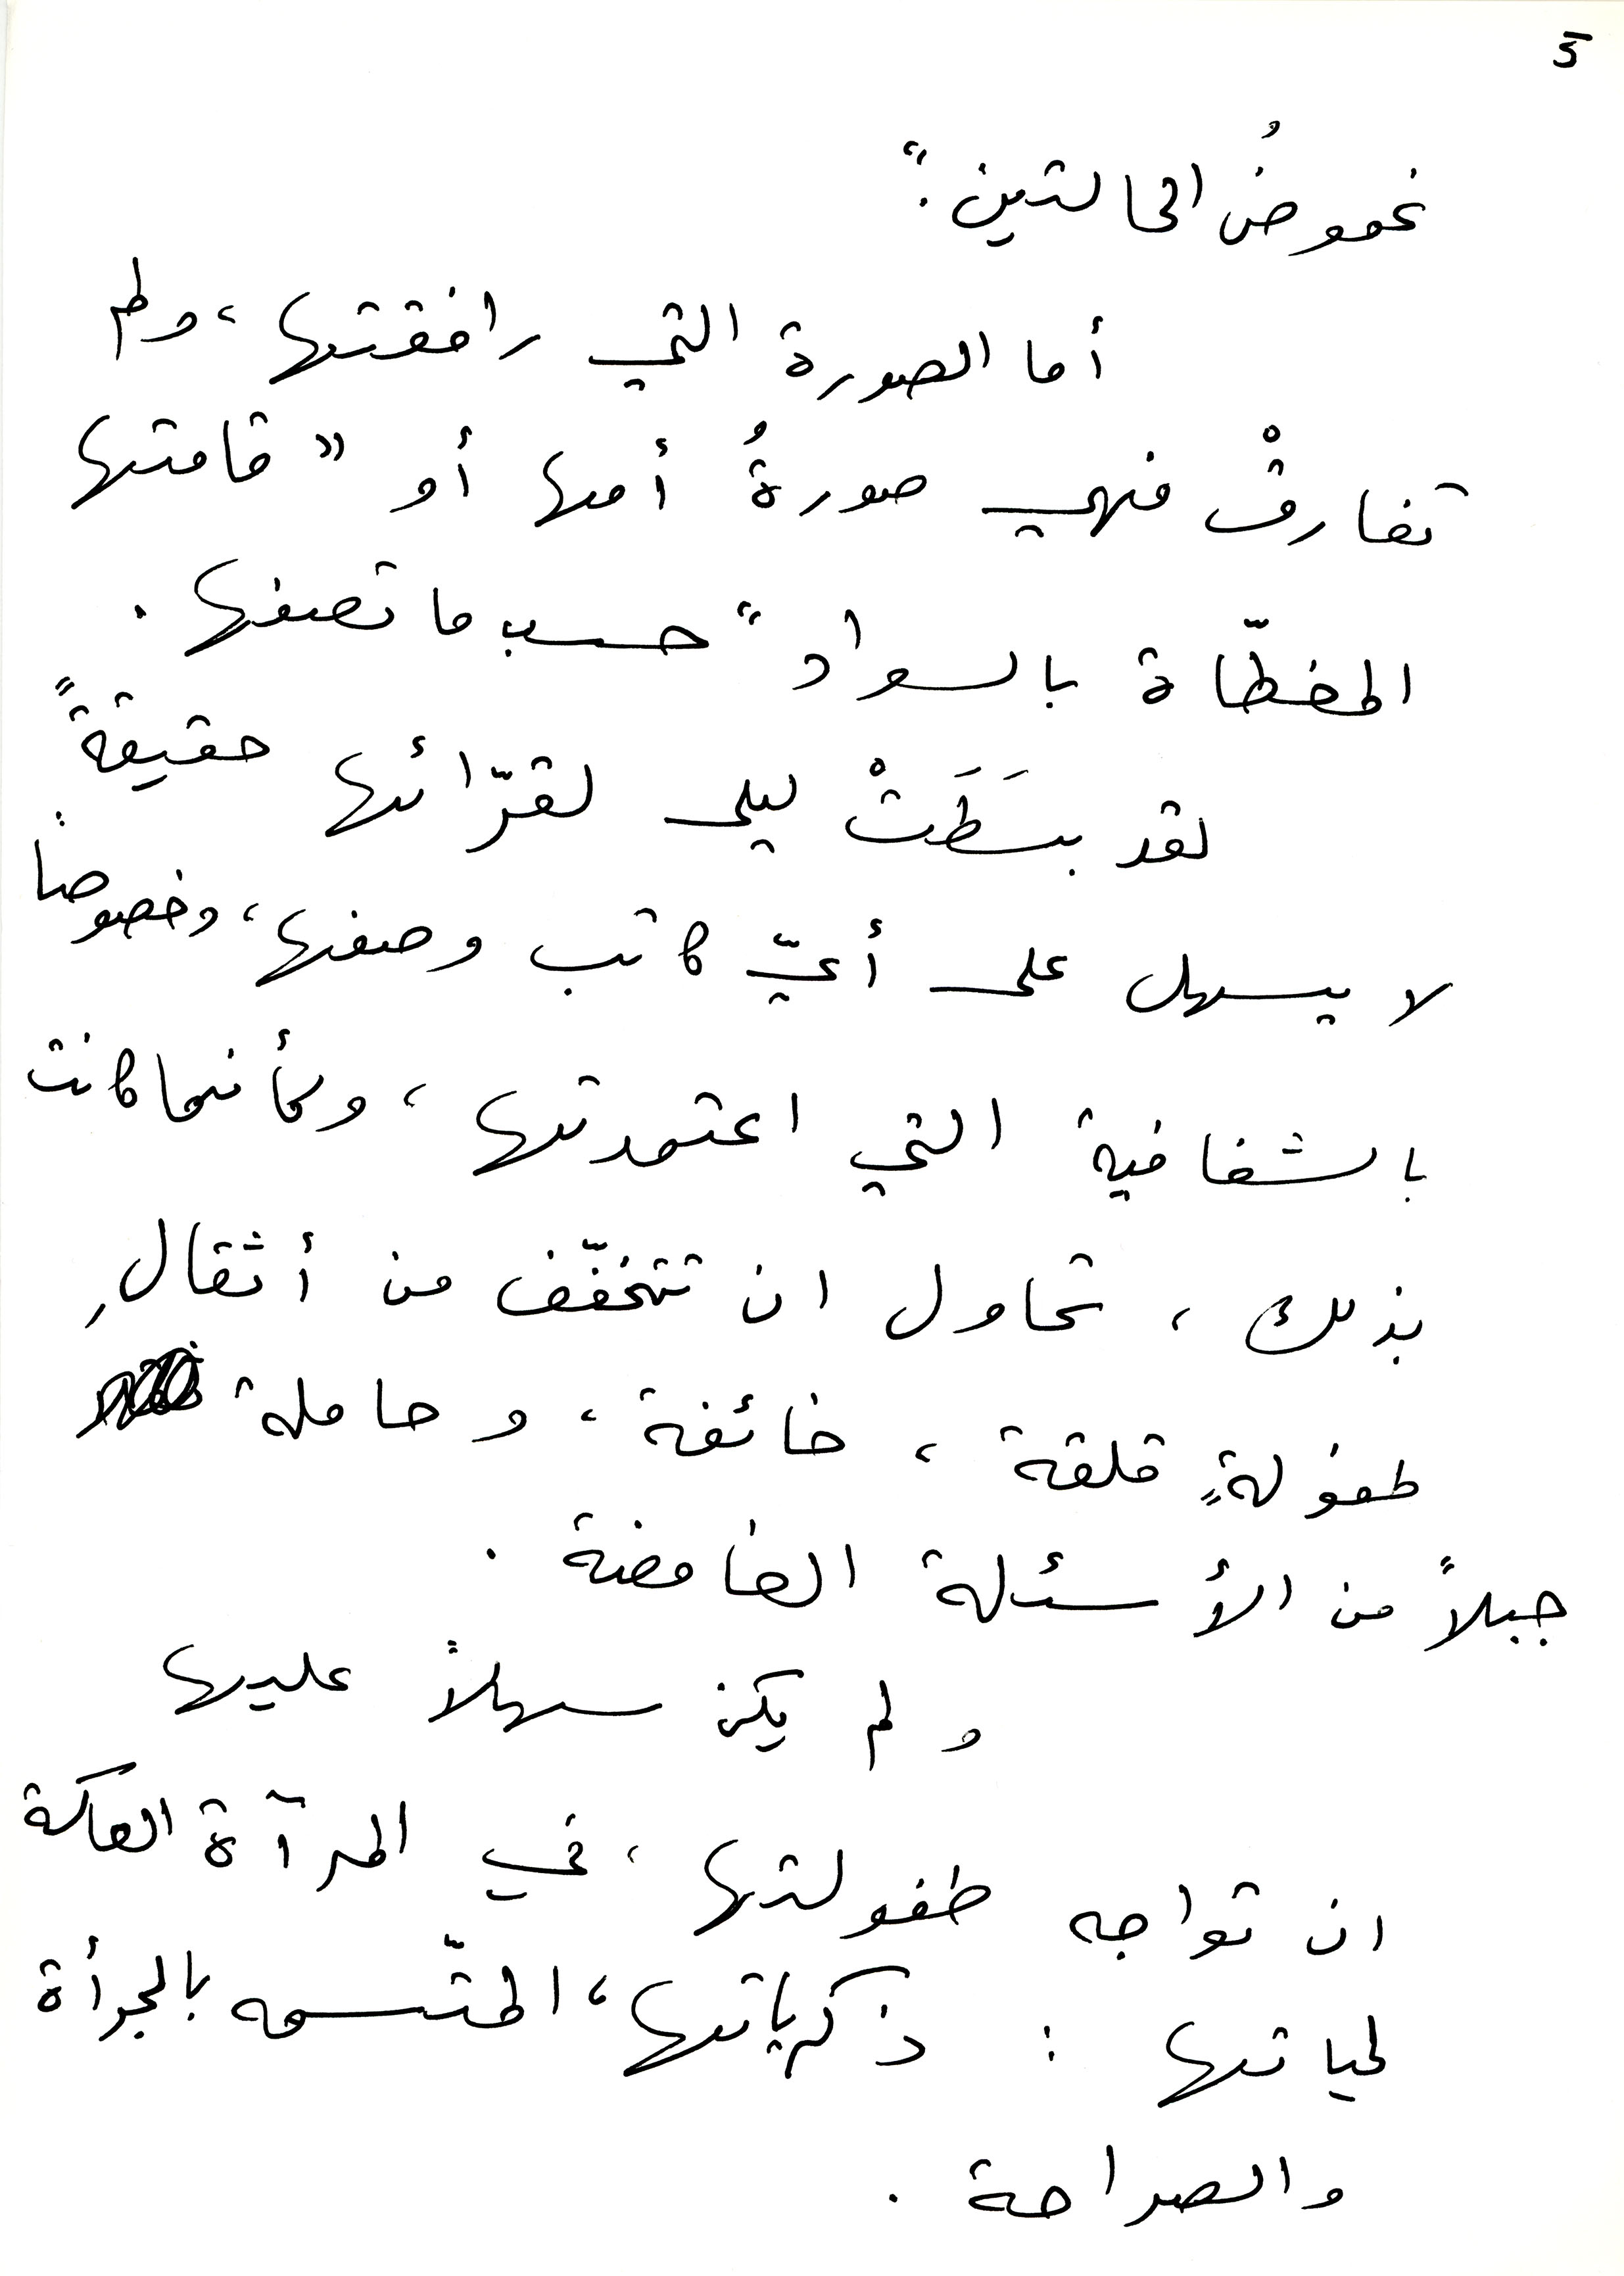
5
غموضُ الحالتين".
أما الصورة التي رافقتها، ولم
تفارقْ فهي صورةُ أمها أو "قامتها
المغطّاة بالسواد "حسب ما تصفها.
لقد بسَطَتْ ليلى لقرّائها حقيقةً
 لا يسهل على أيّ كاتب وصفها، وخصوصاً
بالشفافية التي اعتمدتها، وكأنما كانت
بذلك، تحاول ان تتخفّف من أثقالِ
طفولةٍ قلقة، خائفة، وحاملة
جبلاً من الأسئلة الغامضة.
ولم يكن سهلاً عليها
ان تواجه طفولتها، في المرآة العاكسة
لحياتها: ذكرياتها، المتّسمه بالجرأة
والصراحة.